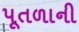
પૂતળાની